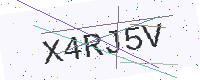
Text: X4RJ5V